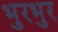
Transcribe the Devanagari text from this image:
भुरभुर